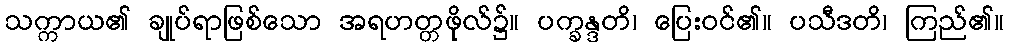
သက္ကာယ၏ ချုပ်ရာဖြစ်သော အရဟတ္တဖိုလ်၌။ ပက္ခန္ဒတိ၊ ပြေးဝင်၏။ ပသီဒတိ၊ ကြည်၏။